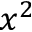
x ^ { 2 }